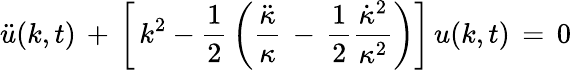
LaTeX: \ddot{u}(k,t)\, +\, \left[\, k^{2}-{\frac{1}{2}}\left({\frac{\ddot{\kappa}}{\kappa}}\, -\, {\frac{1}{2}}{\frac{\dot{\kappa}^{2}}{\kappa^{2}}}\right)\right]\, u(k,t)\, =\, 0